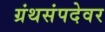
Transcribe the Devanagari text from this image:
ग्रंथसंपदेवर